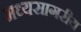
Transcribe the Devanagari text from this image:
मध्यसागरीय